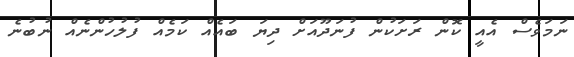
ނަމަވެސް އެއީ ކޮން ރަށަކުން ފުނަދޫއަށް ދިޔަ ބައެއް ކަމެއް ފުލުހުންނެއް ނުބުނެ